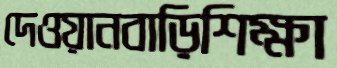
দেওয়ানবাড়িশিক্ষা